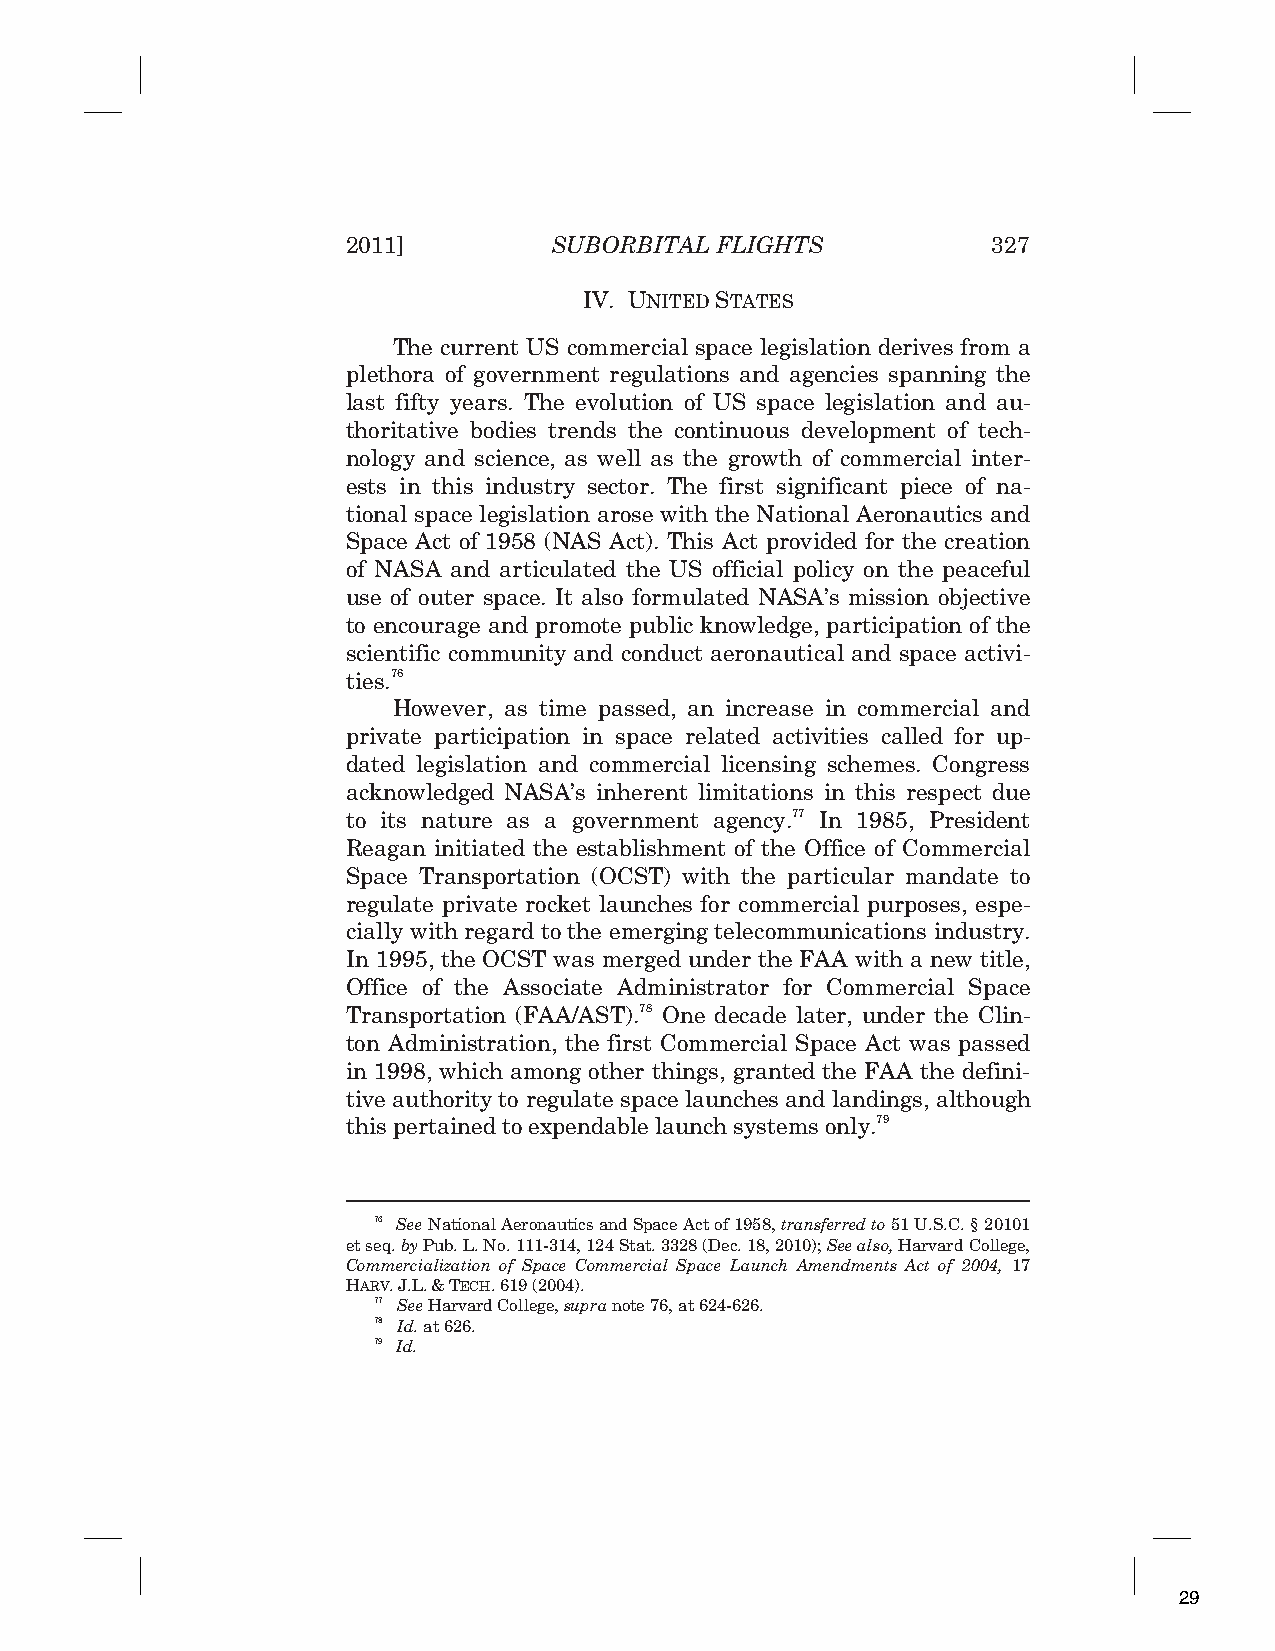
2011]         SUBORBITAL FLIGHTS           327
 IV. UNITED STATES
 The current US commercial space legislation derives from a
 plethora of government regulations and agencies spanning the
 last fifty years. The evolution of US space legislation and au-
 thoritative bodies trends the continuous development of tech-
 nology and science, as well as the growth of commercial inter-
 ests in this industry sector. The first significant piece of na-
 tional space legislation arose with the National Aeronautics and
 Space Act of 1958 (NAS Act). This Act provided for the creation
 of NASA and articulated the US official policy on the peaceful
 use of outer space. It also formulated NASA’s mission objective
 to encourage and promote public knowledge, participation of the
 scientific community and conduct aeronautical and space activi-
 ties.76
 However, as time passed, an increase in commercial and
 private participation in space related activities called for up-
 dated legislation and commercial licensing schemes. Congress
 acknowledged NASA’s inherent limitations in this respect due
 to its nature as a government agency.77 In 1985, President
 Reagan initiated the establishment of the Office of Commercial
 Space Transportation (OCST) with the particular mandate to
 regulate private rocket launches for commercial purposes, espe-
 cially with regard to the emerging telecommunications industry.
 In 1995, the OCST was merged under the FAA with a new title,
 Office of the Associate Administrator for Commercial Space
 Transportation (FAA/AST).78 One decade later, under the Clin-
 ton Administration, the first Commercial Space Act was passed
 in 1998, which among other things, granted the FAA the defini-
 tive authority to regulate space launches and landings, although
 this pertained to expendable launch systems only.79
 76 See National Aeronautics and Space Act of 1958, transferred to 51 U.S.C. § 20101
 et seq. byPub. L. No. 111-314, 124 Stat. 3328 (Dec. 18, 2010); See also, Harvard College,
 Commercialization of Space Commercial Space Launch Amendments Act of 2004, 17
 HARV.J.L.&TECH. 619 (2004).
 77 See Harvard College, supra note 76, at 624-626.
 78 Id. at 626.
 79 Id.
 29